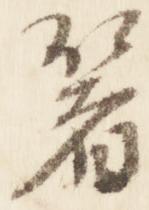
箸